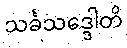
သင်္ခသဒ္ဒေါတိ